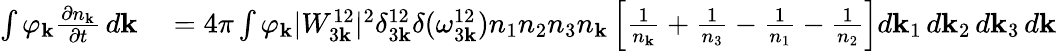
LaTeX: \begin{array}{rl}{\int\varphi_{\mathbf k}\frac{\partial n_{\mathbf k}}{\partial t}\, d{\mathbf k}}&{{}=4\pi\int\varphi_{\mathbf k}|W_{3{\mathbf k}}^{12}|^{2}\delta_{3{\mathbf k}}^{12}\delta(\omega_{3{\mathbf k}}^{12})n_{1}n_{2}n_{3}n_{\mathbf k}\left[\frac{1}{n_{\mathbf k}}+\frac{1}{n_{3}}-\frac{1}{n_{1}}-\frac{1}{n_{2}}\right]d{\mathbf k}_{1}\, d{\mathbf k}_{2}\, d{\mathbf k}_{3}\, d{\mathbf k}}\end{array}